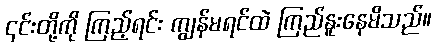
၎င်းတို့ကို ကြည့်ရင်း ကျွန်မရင်ထဲ ကြည်နူးနေမိသည်။